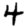
Digit: 4